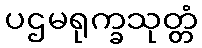
ပဌမရုက္ခသုတ္တံ